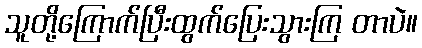
သူတို့ကြောက်ပြီးထွက်ပြေးသွားကြ တာပဲ။